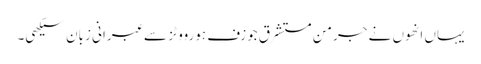
یہاں انھوں نے جرمن مستشرق جوزف ہورووٹز سے عبرانی زبان سیکھی۔